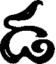
డ